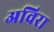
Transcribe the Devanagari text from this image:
अविरा